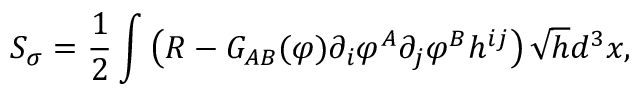
S _ { \sigma } = \frac { 1 } { 2 } \int \left( { \cal R } - { \cal G } _ { A B } ( \varphi ) \partial _ { i } \varphi ^ { A } \partial _ { j } \varphi ^ { B } h ^ { i j } \right) \sqrt { h } d ^ { 3 } x ,